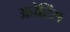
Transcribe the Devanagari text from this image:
अप्रेटिंस